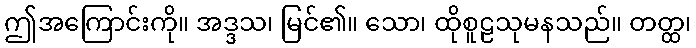
ဤအကြောင်းကို။ အဒ္ဒသ၊ မြင်၏။ သော၊ ထိုစူဠသုမနသည်။ တတ္ထ၊